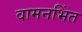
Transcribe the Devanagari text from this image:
वामनभिंत